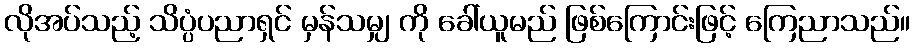
လိုအပ်သည့် သိပ္ပံပညာရှင် မှန်သမျှ ကို ခေါ်ယူမည် ဖြစ်ကြောင်းဖြင့် ကြေညာသည်။